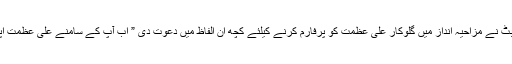
فرہاد ہمایوں کی شاندار پرفارمنس کے بعد میزبان احمد بٹ نے مزاحیہ انداز میں گلوکار علی عظمت کو پرفارم کرنے کیلئے کچھ ان الفاظ میں دعوت دی ” اب آپ کے سامنے علی عظمت اپنے نئے ہیر سٹائل کے ساتھ سٹیج پر پرفارم کریں گے“۔